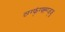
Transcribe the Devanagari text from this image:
व्ग्ग्फ्॑ग्फ्ह्ग्ज्जु